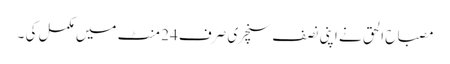
مصباح الحق نے اپنی نصف سنچری صرف 24 منٹ میں مکمل کی ۔